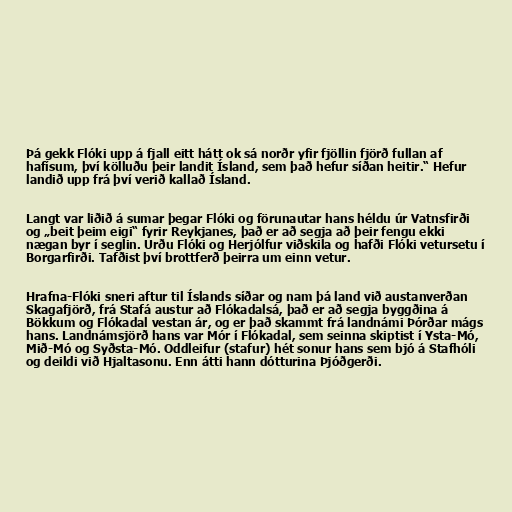
Þá gekk Flóki upp á fjall eitt hátt ok sá norðr yfir fjöllin fjörð fullan af
hafísum, því kölluðu þeir landit Ísland, sem það hefur síðan heitir.“ Hefur
landið upp frá því verið kallað Ísland.

Langt var liðið á sumar þegar Flóki og förunautar hans héldu úr Vatnsfirði
og „beit þeim eigi“ fyrir Reykjanes, það er að segja að þeir fengu ekki
nægan byr í seglin. Urðu Flóki og Herjólfur viðskila og hafði Flóki vetursetu í
Borgarfirði. Tafðist því brottferð þeirra um einn vetur.

Hrafna-Flóki sneri aftur til Íslands síðar og nam þá land við austanverðan
Skagafjörð, frá Stafá austur að Flókadalsá, það er að segja byggðina á
Bökkum og Flókadal vestan ár, og er það skammt frá landnámi Þórðar mágs
hans. Landnámsjörð hans var Mór í Flókadal, sem seinna skiptist í Ysta-Mó,
Mið-Mó og Syðsta-Mó. Oddleifur (stafur) hét sonur hans sem bjó á Stafhóli
og deildi við Hjaltasonu. Enn átti hann dótturina Þjóðgerði.